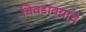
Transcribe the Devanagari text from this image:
निवडावयाचे